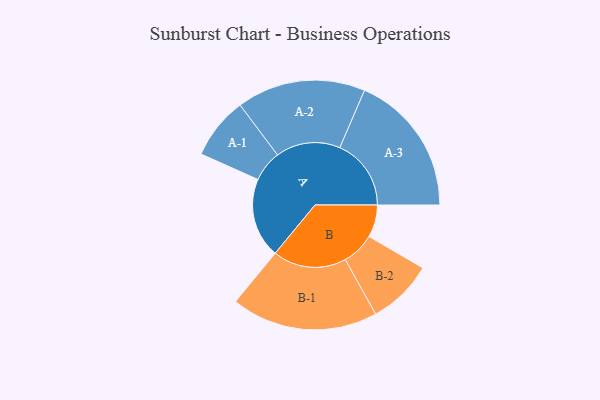
{"axis": {"x": "Segment", "y": "Value"}, "legend": ["", "A", "B"], "data": [{"x": "A", "y": 311, "type": ""}, {"x": "B", "y": 126, "type": ""}, {"x": "A-1", "y": 121, "type": "A"}, {"x": "A-2", "y": 251, "type": "A"}, {"x": "A-3", "y": 278, "type": "A"}, {"x": "B-1", "y": 286, "type": "B"}, {"x": "B-2", "y": 128, "type": "B"}]}